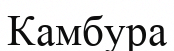
Камбура